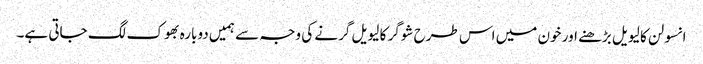
انسولن کا لیویل بڑھنے اور خون میں اس طرح شوگر کا لیویل گرنے کی وجہ سے ہمیں دوبارہ بھوک لگ جاتی ہے۔